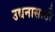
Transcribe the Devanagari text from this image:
उद्यनासाठी